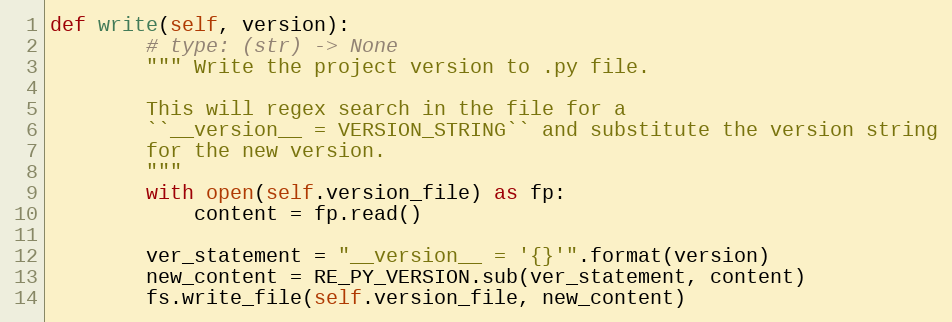
Language: Python
def write(self, version):
        # type: (str) -> None
        """ Write the project version to .py file.

        This will regex search in the file for a
        ``__version__ = VERSION_STRING`` and substitute the version string
        for the new version.
        """
        with open(self.version_file) as fp:
            content = fp.read()

        ver_statement = "__version__ = '{}'".format(version)
        new_content = RE_PY_VERSION.sub(ver_statement, content)
        fs.write_file(self.version_file, new_content)